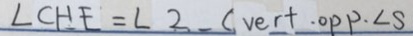
\angle C H E = \angle 2 - C V e r + \cdot O P P \cdot \angle S